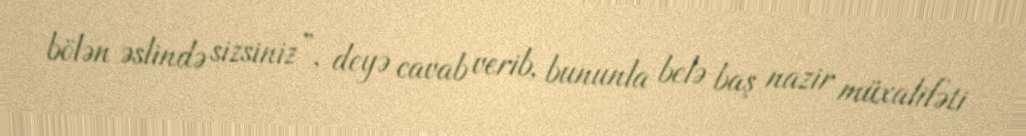
bölən əslində sizsiniz”, deyə cavab verib, bununla belə baş nazir müxalifəti